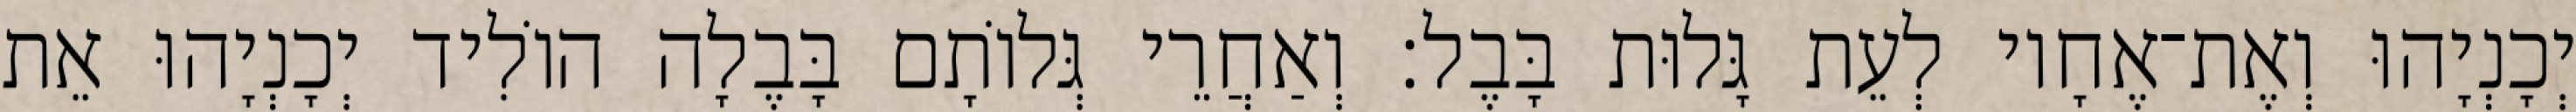
יְכָנְיָהוּ וְאֶת־אֶחָיו לְעֵת גָּלוּת בָּבֶל׃ וְאַחֲרֵי גְּלוֹתָם בָּבֶלָה הוֹלִיד יְכָנְיָהוּ אֵת